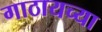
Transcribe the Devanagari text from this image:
गाठायच्या